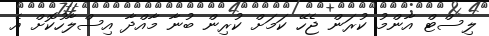
ލިސްޓް އާންމު ކުރަން ޖެހޭ ކަމަށް ކުރިން ބުނާ މާއްދާ އިސްލާހުކޮށް އެ